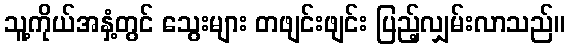
သူ့ကိုယ်အနှံ့တွင် သွေးများ တဖျင်းဖျင်း ပြည့်လျှမ်းလာသည်။